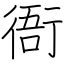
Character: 衙